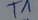
Text: T1